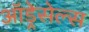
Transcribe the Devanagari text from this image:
ऑड्रेसेल्स